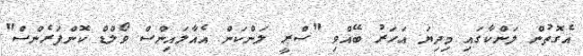
އެގޮތުން ލަންކާގައި މިދިޔަ އަހަރު ބޭއްވި "ސްރީ ލަންކަން އެއާލައިންސް ވޯލްޑް ކޮންފަރެންސް"